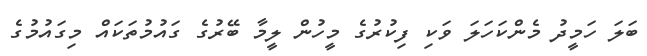
ބަލަ ހަމީދު މެންކަހަލަ ވަކި ފިކުރުގެ މީހުން ލީމާ ބޭރުގެ ގައުމުތަކައް މިގައުމުގެ